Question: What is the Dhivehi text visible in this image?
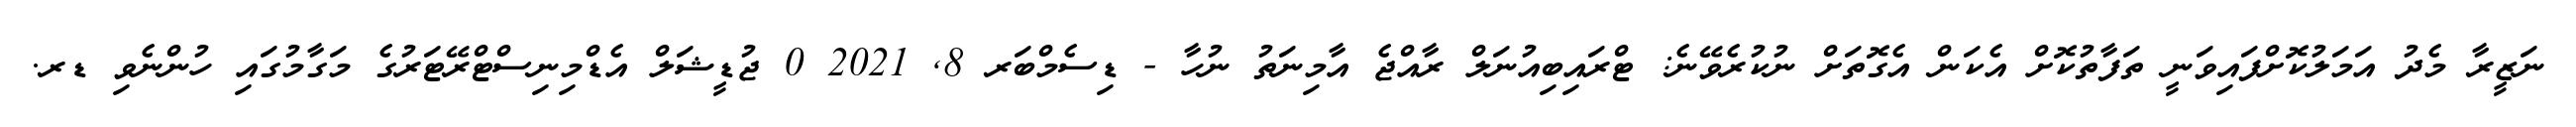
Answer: ނަޒީރާ މެދު އަމަލުކޮށްފައިވަނީ ތަފާތުކޮށް އެކަން އެގޮތަށް ނުކުރެވޭނެ: ޓްރައިބިއުނަލް ރާއްޖެ އާމިނަތު ނުހާ - ޑިސެމްބަރ 8, 2021 0 ޖުޑީޝަލް އެޑްމިނިސްޓްރޭޓަރުގެ މަގާމުގައި ހުންނެވި ޑރ.